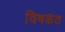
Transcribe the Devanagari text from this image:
विषकंठ